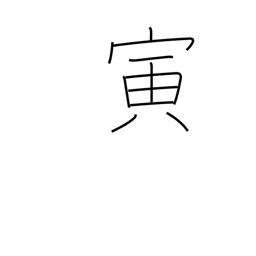
Meaning: sign of the tiger